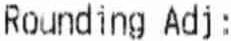
ROUNDING ADJ: